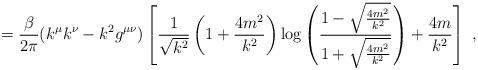
LaTeX: \begin{align*}=\frac{\beta}{2\pi}(k^{\mu}k^{\nu}-k^2g^{\mu \nu})\left[\frac{1}{\sqrt{k^2}}\left(1+\frac{4m^2}{k^2}\right)\log \left(\frac{1-\sqrt{\frac{4m^2}{k^2}}}{1+\sqrt{\frac{4m^2}{k^2}}}\right)+\frac{4m}{k^2}\right]\,\,,\end{align*}